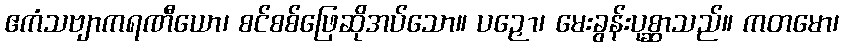
ဧကံသဗျာကရဏီယော၊ စင်စစ်ဖြေဆိုအပ်သော။ ပဉှော၊ မေးခွန်းပုစ္ဆာသည်။ ကတမော၊